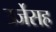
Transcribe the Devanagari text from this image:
उर्जेसह